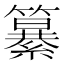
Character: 𮆷